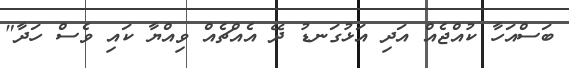
ބަސްއަހާ ކުއްޖެއް އަދި އަޅުގަނޑު ދޭ އެއްޗެއް ވިއްޔާ ކައި ވެސް ހަދާ"